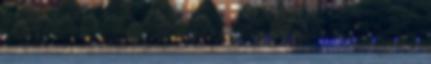
A nagynyomású henger folytvas beömlőcsöve 2,65 m hosszúságú és